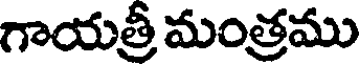
గాయత్రీ మంత్రము